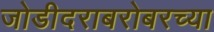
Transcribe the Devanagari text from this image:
जोडीदराबरोबरच्या